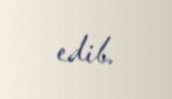
edib.